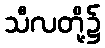
သီလတို့၌